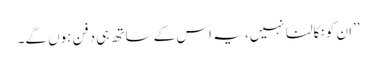
’’ان کو نکالنا نہیں، یہ اس کے ساتھ ہی دفن ہوں گے۔